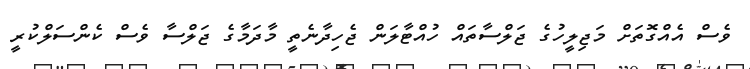
ވެސް އެއްގޮތަށް މަޖިލީހުގެ ޖަލްސާތައް ހުއްޓާލަން ޖެހިދާނެތީ މާދަމާގެ ޖަލްސާ ވެސް ކެންސަލްކުރީ